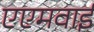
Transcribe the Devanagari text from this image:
एएमवाई